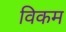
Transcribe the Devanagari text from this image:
विकम